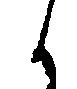
候